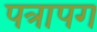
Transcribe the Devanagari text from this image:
पत्रापग